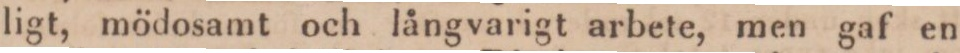
ligt, mödosamt och långvarigt arbete, men gaf en